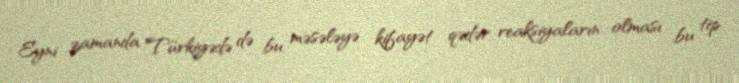
Eyni zamanda Türkiyədə də bu məsələyə kifayət qədər reaksiyaların olması bu tip